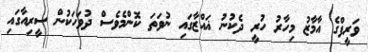
ވަރީފްގެ އާމާޒު މިހާރު ހުރީ ދެކުނު ޣައްޒާގައި ނުވަތަ ކޮންމެވެސް ދުވަހަކުން ސީރިއާގައި